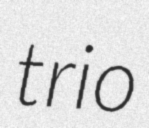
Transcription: trio